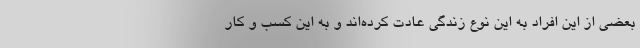
بعضی از این افراد به این نوع زندگی عادت کرده‌اند و به این کسب و کار